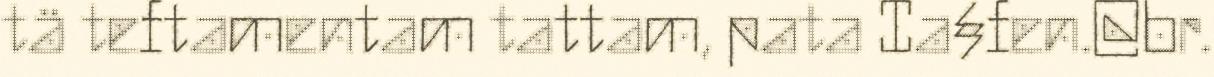
tä teftamentam tattam, pata Ia§fen.@br.